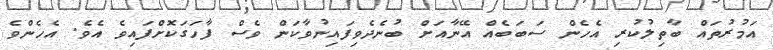
އަމުރުތައް ބާތިލުކުރި އެހެން ސަބަބެއް އޭނާއަށް ބުނެދެވިފައިނުވާކަން ވެސް ފާހަގަކޮށްފައިވެ އެވެ. އެހެންވެ